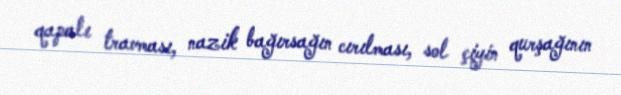
qapalı travması, nazik bağırsağın cırılması, sol çiyin qurşağının